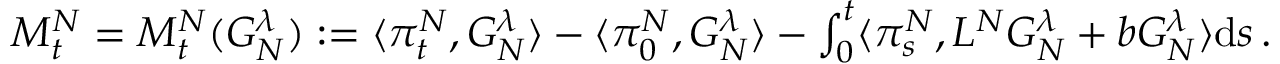
\begin{array} { r } { M _ { t } ^ { N } = M _ { t } ^ { N } ( G _ { N } ^ { \lambda } ) : = \langle \pi _ { t } ^ { N } , G _ { N } ^ { \lambda } \rangle - \langle \pi _ { 0 } ^ { N } , G _ { N } ^ { \lambda } \rangle - \int _ { 0 } ^ { t } \langle \pi _ { s } ^ { N } , L ^ { N } G _ { N } ^ { \lambda } + b G _ { N } ^ { \lambda } \rangle \mathrm { d } s \, . } \end{array}